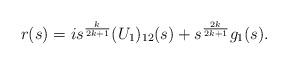
LaTeX: \begin{align*} r(s)= i s^\frac{k}{2k+1} (U_1)_{12}(s) + s^\frac{2k}{2k+1}g_1(s).\end{align*}